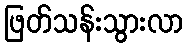
ဖြတ်သန်းသွားလာ